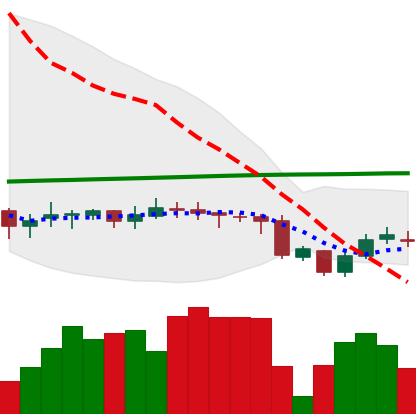
Ticker: DOGE-USD
Chart end date: 2020-09-27
Forward return: -4.049%
Label: down_3_5